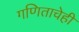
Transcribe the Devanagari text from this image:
गणिताचेही